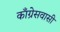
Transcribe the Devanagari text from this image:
काँग्रेसवासी